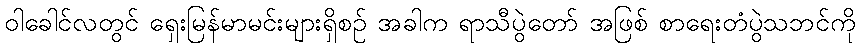
ဝါခေါင်လတွင် ရှေးမြန်မာမင်းများရှိစဉ် အခါက ရာသီပွဲတော် အဖြစ် စာရေးတံပွဲသဘင်ကို